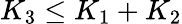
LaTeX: K_{3}\leq K_{1}+K_{2}